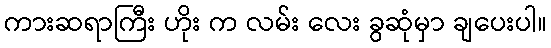
ကားဆရာကြီး ဟိုး က လမ်း လေး ခွဆုံမှာ ချပေးပါ။